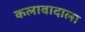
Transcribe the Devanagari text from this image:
कलावादाला